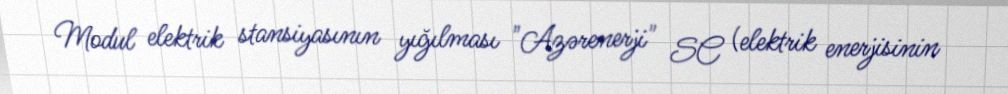
Modul elektrik stansiyasının yığılması "Azərenerji" SC (elektrik enerjisinin